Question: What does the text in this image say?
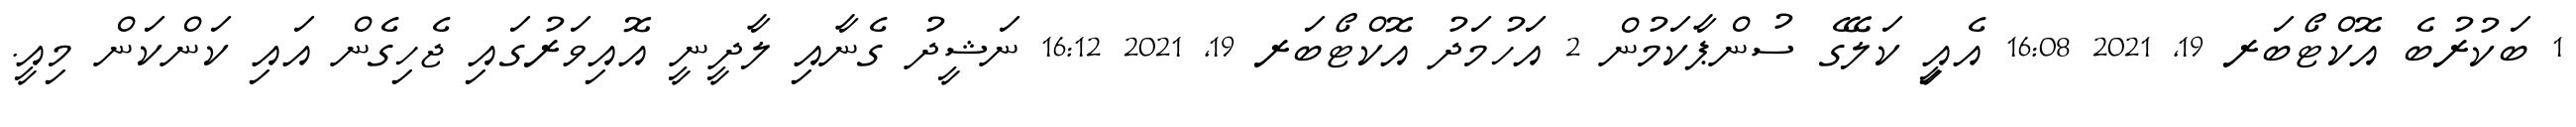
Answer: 1 ބަކުރުބެ އޮކްޓޯބަރ 19, 2021 16:08 އެއީި ކަލޭގެ ސުންޕާކަމުން 2 އަހުމަދު އޮކްޓޯބަރ 19, 2021 16:12 ނަޝީދު ގެނާއި ލާދީނީ އޮއިވަރުގައި ޖެހިގެން އައި ކަންކަން މިއީ.